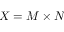
X = M \times N